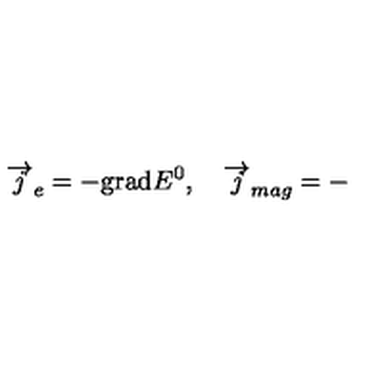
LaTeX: \overrightarrow { j } _ { e } = - \mathrm { g r a d } E ^ { 0 } , \quad \overrightarrow { j } _ { m a g } = -